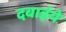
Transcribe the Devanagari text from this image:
दबाईये